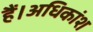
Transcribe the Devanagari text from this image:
हैं।अधिकांश